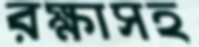
রক্ষাসহ